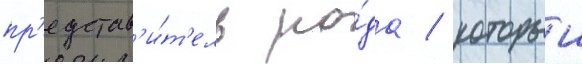
пр'едстав'и́т'ель ро́да / которыи